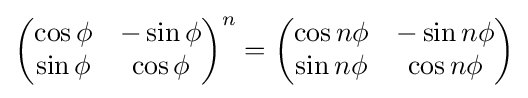
{\begin{pmatrix}\cos \phi &-\sin \phi \\\sin \phi &\cos \phi \end{pmatrix}}^{n}={\begin{pmatrix}\cos n\phi &-\sin n\phi \\\sin n\phi &\cos n\phi \end{pmatrix}}